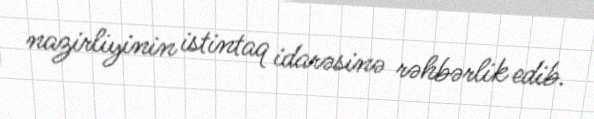
nazirliyinin istintaq idarəsinə rəhbərlik edib.